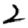
Digit: 2